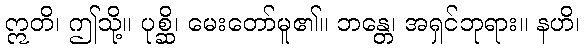
ဣတိ၊ ဤသို့။ ပုစ္ဆိ၊ မေးတော်မူ၏။ ဘန္တေ၊ အရှင်ဘုရား။ နဟိ၊